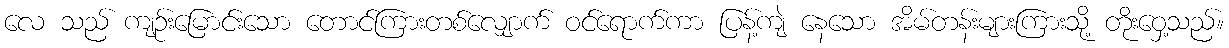
လေ သည် ကျဉ်းမြောင်းသော တောင်ကြားတစ်လျှောက် ဝင်ရောက်ကာ ပြန့်ကျဲ နေသော အိမ်တန်းများကြားသို့ တိုးဝှေ့သည်။